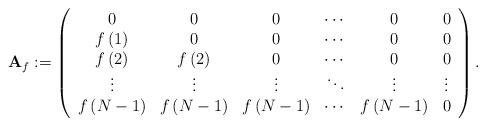
LaTeX: \begin{align*}\mathbf{A}_{f}:=\left(\begin{array}{cccccc}0 & 0 & 0 & \cdots & 0 & 0\\f\left(1\right) & 0 & 0 & \cdots & 0 & 0\\f\left(2\right) & f\left(2\right) & 0 & \cdots & 0 & 0\\\vdots & \vdots & \vdots & \ddots & \vdots & \vdots\\f\left(N-1\right) & f\left(N-1\right) & f\left(N-1\right) & \cdots & f\left(N-1\right) & 0\end{array}\right).\end{align*}